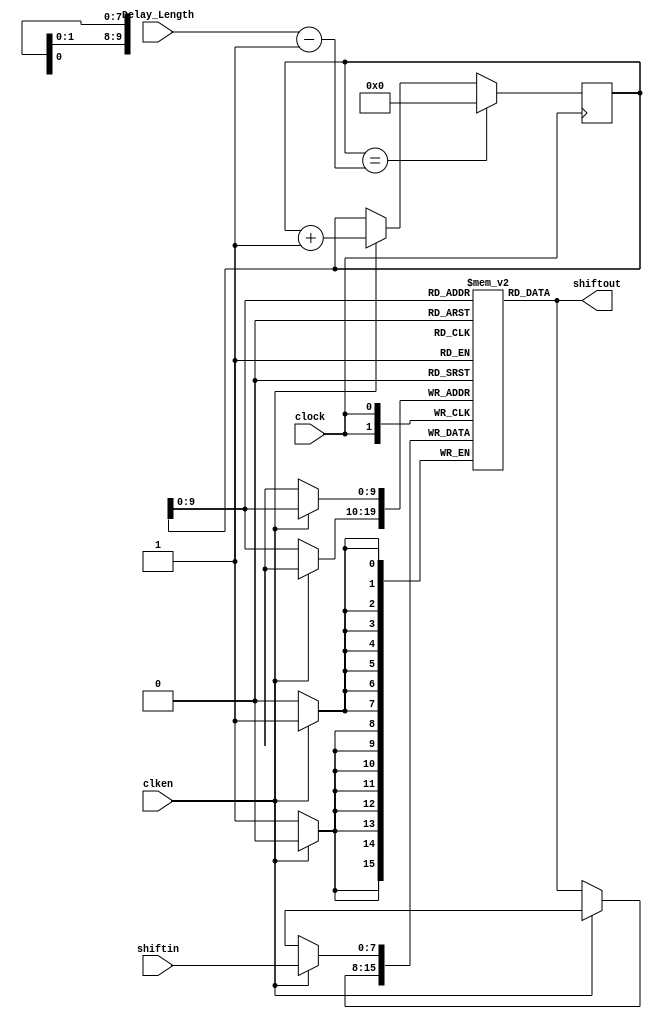
// This program was cloned from: https://github.com/Digital-EDA/Digital-IDE
// License: MIT License

`timescale 1 ns / 1 ns

module RAMshift_taps #(
	parameter TOTAL_RAM_Length = 640,
	parameter DATA_WIDTH = 8
) (
	input	  					  clken, 
	input	  					  clock,
	input	[31:0]                Delay_Length,
	input	[DATA_WIDTH - 1 : 0]  shiftin,
	output	[DATA_WIDTH - 1 : 0]  shiftout
);

reg  [31:0] RAM_CNT = 0;
reg	 [DATA_WIDTH - 1 : 0] ram_buf = 0;
reg	 [DATA_WIDTH - 1 : 0] shift_ram [TOTAL_RAM_Length - 1 : 0];

integer m;
initial begin
	for (m = 0; m<=TOTAL_RAM_Length; m=m+1) begin
		shift_ram[m] = 0;
	end    
end

always @(posedge clock) begin
    if (RAM_CNT == (Delay_Length - 1)) 
        RAM_CNT <= 0;
    else if (clken) 
        RAM_CNT <= RAM_CNT + 1;
	else
		RAM_CNT <= RAM_CNT;
end

always @(posedge clock) begin	
	if (clken) begin
		shift_ram[RAM_CNT] <= shiftin;
	end	
	else begin
		shift_ram[RAM_CNT] <= shift_ram[RAM_CNT];
	end
end

assign shiftout = shift_ram[RAM_CNT];

endmodule